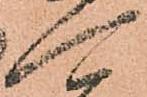
可